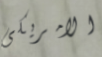
الامريكى